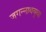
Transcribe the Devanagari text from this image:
जगन्‍नाथबुवा